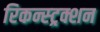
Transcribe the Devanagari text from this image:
रिकन्स्ट्रक्शन